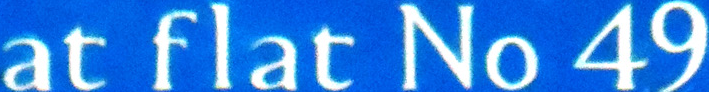
at flat No 49